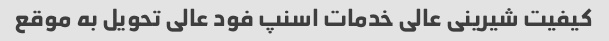
کیفیت شیرینی عالی خدمات اسنپ فود عالی تحویل به موقع